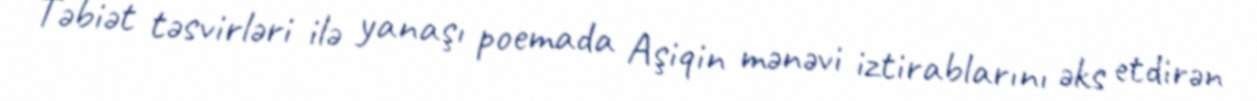
Təbiət təsvirləri ilə yanaşı poemada Aşiqin mənəvi iztirablarını əks etdirən